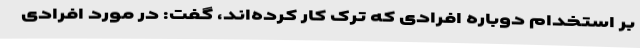
بر استخدام دوباره افرادی که ترک کار کرده‌اند، گفت: در مورد افرادی